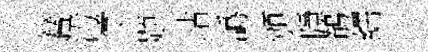
簮汚学题玷譌頒隱鶺繻